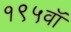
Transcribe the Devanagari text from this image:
१९५वॉ